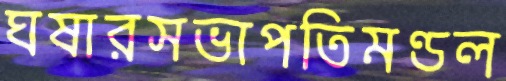
ঘষারসভাপতিমণ্ডল